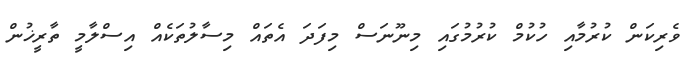
ވެރިކަން ކުރުމާއި ހުކުމް ކުރުމުގައި މިނޫނަސް މިފަދަ އެތައް މިސާލުތަކެއް އިސްލާމީ ތާރީޚުން